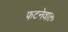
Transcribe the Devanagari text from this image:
फटनेवाला